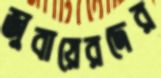
জুবায়েরদের